Medical and sanitary report of the native army of Madras for the year
Year: 1872
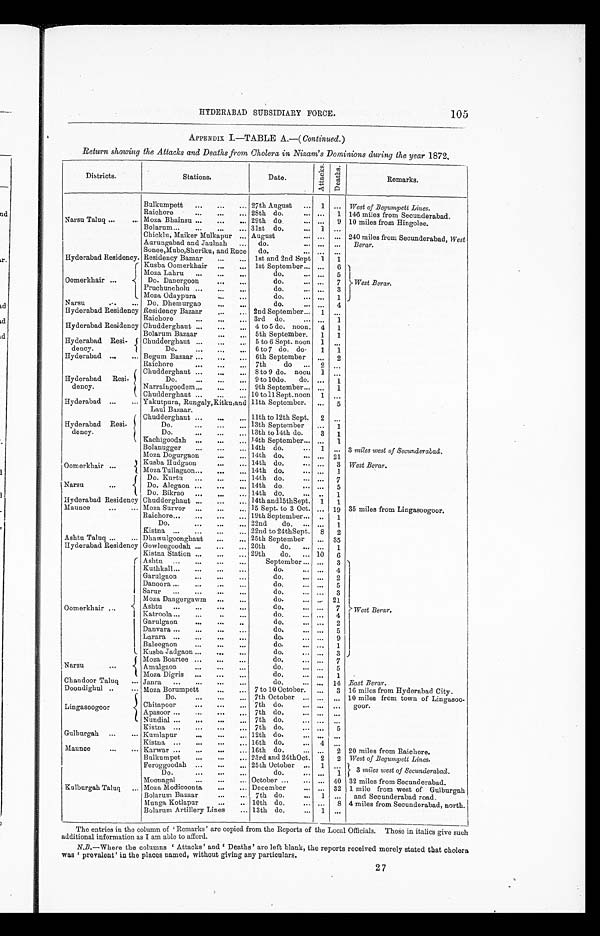
HYDERABAD SUBSIDIARY FORCE.
105
APPENDIX I.—TABLE A.—(Continued. )
Return showing the Attacks and Deaths from Cholera in Nisam's Dominions during the year 1 8 7 2 .
Districts.
Stations.
D a t e .
A t t a c k s .
D e a t h s .
Remarks.
Bulkumpett ...
...
... 27th August ... 1 ... West of Begumpett Lines.
Raichore
...
...
... 28th do. ...
... 1 146 miles from Secunderabad.
Narsu Taluq ...
... Moza Bhainsu ...
...
... 29th do. ... ... 9 10 miles from Hingolee.
Bolarum...
...
...
... 31st do. ...
1 ...
Chicklu, Maiker Mulkapur ... August
... ... ... 240 miles from Secunderabad, West
Berar.
Aurungabad and Jaulnah ... do.
... ... ...
Sonee,Mubo,Sheriku, and Ruce do.
... ... ...
Hyderabad Residency Residency Bazaar
...
... 1st and 2nd Sept 1 1
Oomerkhair ...
Kusba Oomerkhair ...
.... 1st September... ... 6
West Berar.
Moza Lahru ...
...
...
do.
... ...
5
Do. Danergoon
...
...
do.
... ...
7
Pruchuncholu ...
...
...
do.
... ...
3
Moza Odaypura
... ...
do.
... ...
1
Narsu
...
... Do. Dhemurgao
...
...
d o . . . .
. ... 4
Hyderabad Residency Residency Bazaar
...
... 2nd September... 1 ...
Raichore
...
...
... 3rd do.
... ...
1
Hyderabad Residency Chudderghaut ...
...
... 4 to 5 do. noon. 4 1
Bolarum Bazaar
...
... 5th September. 1 1
Hyderabad Resi-
dency.
Chudderghaut ...
...
... 5 to 6 Sept. noon 1 ...
Do.
...
„.
... 6 to 7 do. do.
1 1
Hyderabad ...
... Begum Bazaar ...
...
... 6th September ... 2
Raichore
... ... ...
7th
do ... 2 ...
Hyderabad Resi-
dency.
Chudderghaut ...
...
... 8 to 9 do. noon 1 ...
Do. ...
...
... 9 to 10do. do. ... 1
Narraingoodem...
...
.„ 9th September... ...
1
Chudderghaut ,..
...
... 10 toll Sept. noon 1 ...
Hyderabad ...
... Yakutpura, Rungaly,Kitku,and
Laul Bazaar.
11th September. ... 5
Hyderabad Resi-
dency.
Chudderghaut ...
...
... 11th to 12th Sept. 2 ...
Do .
...
...
... 13th September ... 1
Do.
...
...
... 13th to 14th do.
3 1
Kachigoodah ...
...
,.. 14th September... ... 1
Bolanugger
...
...
. 14th do.
... 1 ... 3 miles west of Secunderabad.
Moza Dogurgaon
...
... 14th do.
... 21
Oomerkhair ...
Kusba Hudgaon
...
... 14th do.
... . ... 3 West Berar.
Moza Tullagaon...
...
... 14th do.
... ... 1
Narsu
Do. Kurtu ...
...
... 14th do.
... ... 7
Do. Alegaon ...
..
... 14th do
... ... 5
Do. Bikrao ...
..
...
.
14th do.
... ... 1
Hyderabad Residency Chudderghaut ...
...
... 14th and15thSept. 1 1
Maunce
...
... Moza Survor ...
...
... 15 Sept. to 3 Oct. ... 19 35 miles from Lingasoogoor.
Raichore...
...
...
... 19th September... ... 1
Do.
...
...
... 22nd
do. ... ... 1
Kistna ...
...
....
... 22nd to 24thSept. 8 2
Ashtu Taluq ...
... Dhawulgoonghaut
...
... 25th September ... 35
Hyderabad Residency Gowleegoodah
...
... 26th
do. ... ... 1
Kistna Station ...
...
... 29th
do. ... 10 6
Oomerkhair ...
Ashtu ...
...
...
...
September ... ... 3
West Berar.
Kuthkall...
...
...
...
do.
... ... 4
Garulgaon
...
...
...
do.
... ... 2
Danoora ...
...
...
...
do.
... ... 5
Sarur...
...
...
...
do.
... ... 3
Moss Dangergawm ...
...
do.
... ... 21
Ashtu ...
...
...
...
do.
... ... 7
Katroola ...
...
..
...
do.
... ... 4
Garulgaon
...
...
..
do.
... 2
Danvara ...
...
...
...
do.
... 5
Larara ...
...
...
„.
do.
... ... 9
Baleegaon
...
...
...
do.
... ... 1
K u s b a J a d g a o n
do.
... ... 3
Narsu...
Moza Boartee ...
...
...
do.
... ... 7
Amalgaon
do.
...
5
Moza Digris ...
...
...
do.
... ... 1
Chandoor Taluq
... Janra ...
...
...
. . .
do.
... ... 14 East Berar.
Doondighul ..
... Moza Borumpett
...
... 7 to 10 October. ... 3 16 miles from Hyderabad City.
Lingasoogoor
Do.
...
...
... 7th October ... ... ... 10 miles from town of Lingasoo-
goor.
Chitapoor
...
...
... 7th do.
... ... ...
Apasoor ...
...
...
... 7th do.
... ... ...
Nundial ...
...
...
7th do.
... ... ...
Kistna ...
...
...
... 7th do.
... ...
5
Gulburgah ...
... Kumlapur....
...
... 12th do.
... ... ...
Kistnanlaces ... ... ... ...
16th do.
... 4 ...
Maunce
...
. . . Karwar ...
...
...
. . . 16th do.
... ... 2 20 miles from Raichore.
Bulkumpet
...
...
... 23rd and 24thOct. 2 2 West of Begumpett Lines.
Feroggoodah ...
...
. . . 25th October ... 1 ...
3 miles west of Secunderabad.
D o .
do.
• .. ... 1
Moonagal
...
...
... October ...
... ... 40 32 miles from Secunderabad.
Kulburgah Taluq ... Moza Modicoonta,
...
... December
... ... 32 1 mile from west of Gulburgah
and Secunderabad road.
Bolarum Bazaar
...
... 7th do.
... 1 ...
Munga Kotlapur
...
.. 10th do.
... ...8 4 miles from Secunderabad, north.
Bolarum Artillery Lines
... 13th do.
1 ...
The entries in the column of 'Remarks' are copied from the Reports of the Local Officials. Those in italics give such
additional information as I am able to afford.
N.B.— Where the columns 'Attacks' and 'Deaths' are left blank, the reports received merely stated that cholera
was 'prevalent' in the places named, without giving any particulars.
27